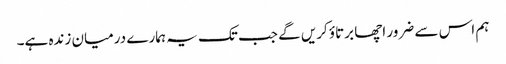
ہم اس سے ضرور اچھا برتاؤ کریں گے جب تک یہ ہمارے درمیان زندہ ہے۔